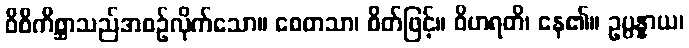
ဝိစိကိစ္ဆာသည်အစဉ်လိုက်သော။ စေတသာ၊ စိတ်ဖြင့်။ ဝိဟရတိ၊ နေ၏။ ဥပ္ပန္နာယ၊